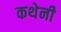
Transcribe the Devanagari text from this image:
कथेनी